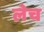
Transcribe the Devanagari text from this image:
लेच